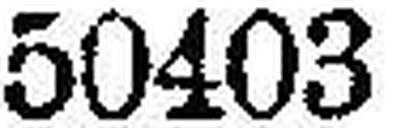
50403